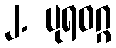
၂. ပုရဝဂ္ဂ